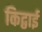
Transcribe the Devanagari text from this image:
किद्वाई